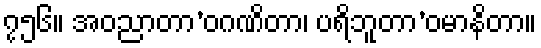
၇၅၆။ အဝညာတာ’ဝဂဏိတာ၊ ပရိဘူတာ’ဝမာနိတာ။